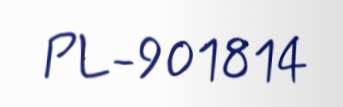
PL-901814